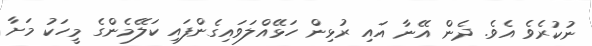
ނުކުރެވެ އެވެ. ދެން އޭނާ އައި ރުޅިން ހަޅޭއްލަވައިގެންފައި ކަލޭމެންގެ މީހަކު މަށާ